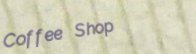
Coffee Shop